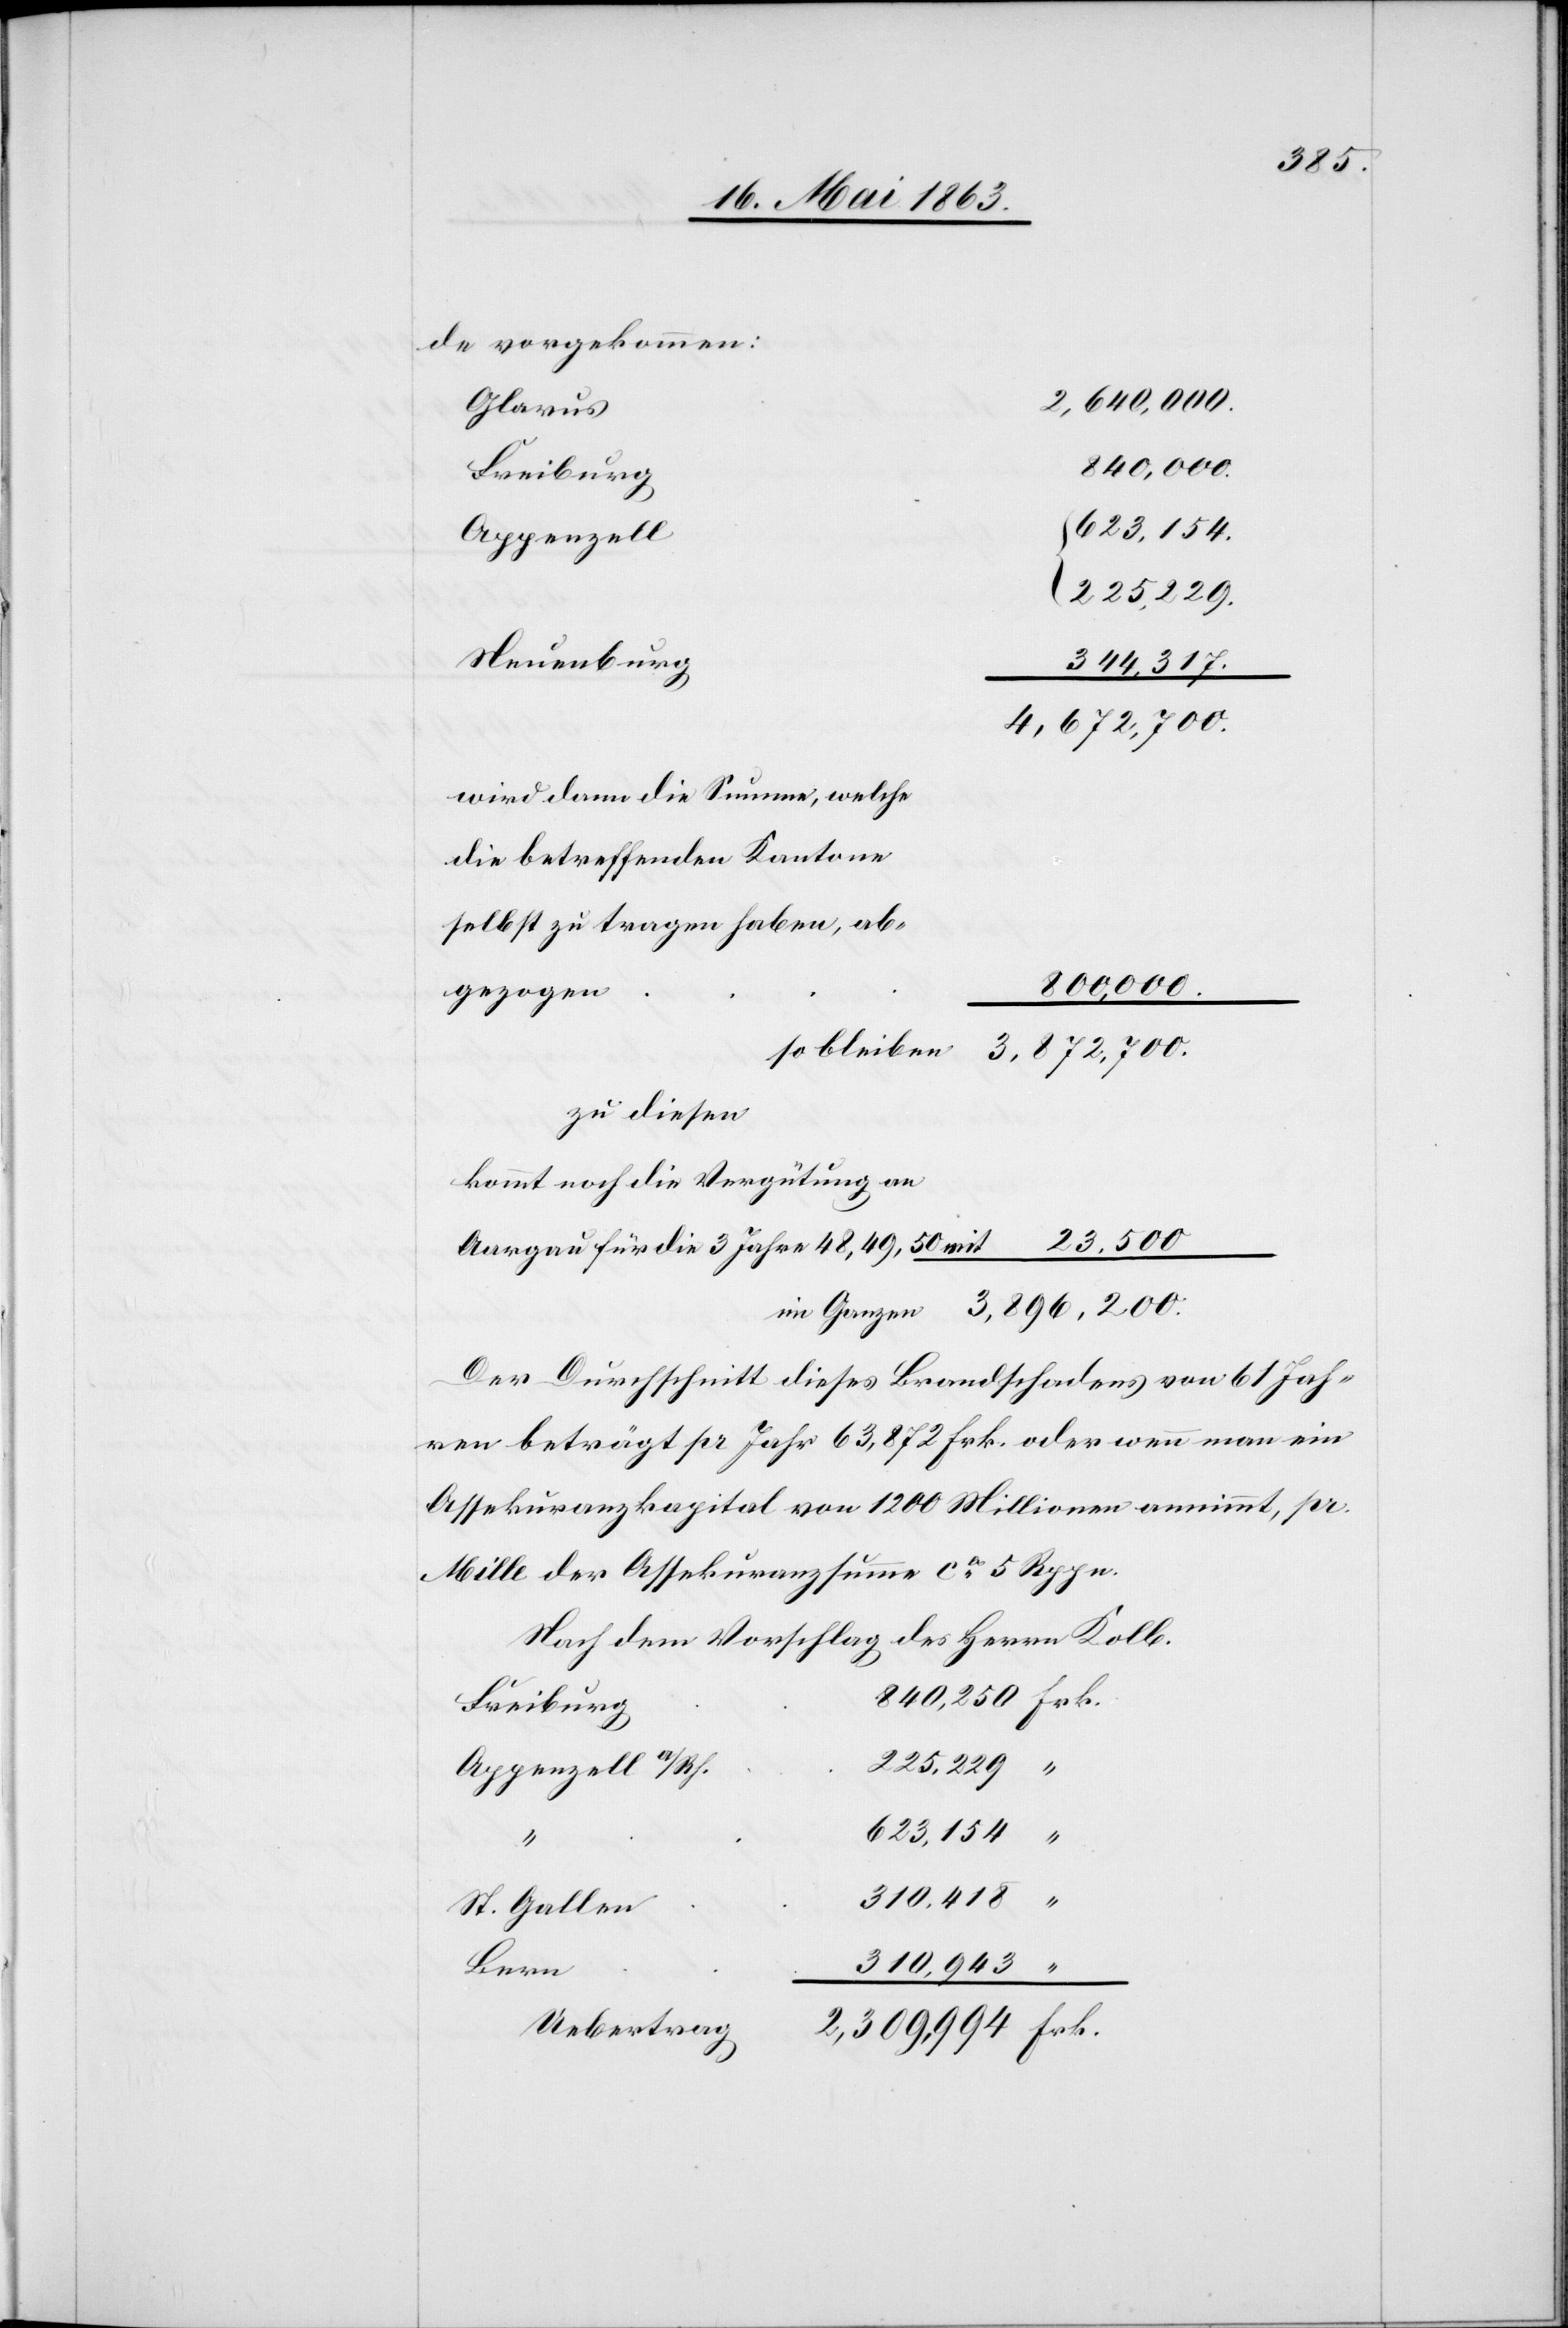
de vorgekommen:
2,640,000.
Glarus
800,000.
623,154.
Appenzell
225,229.
Neuenburg
344,317.
3,872,700.
wird dann die Summe, welche
die betreffenden Kantone
selbst zu tragen haben, ab¬
gezogen
zu diesen
kommt noch die Vergütung an
Aargau für die 3 Jahre 48, 49, 50 mit
im Ganzen
Der Durchschnitt dieses Brandschadens von 61 Jah¬
ren beträgt pr Jahr 63,872 Frk. oder wenn man ein
Assekuranzkapital von 1200 Millionen annimmt, pr.
Mille der Assekuranzsumme ca 5 Rppn.
Nach dem Vorschlag des Herrn Kolb.
Freiburg
225,229
Appenzell a/Rh.
623,154
“
310,418
St. Gallen
Bern
310,943

840,250